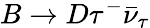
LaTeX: B\to D\tau^{-}\bar{\nu}_{\tau}